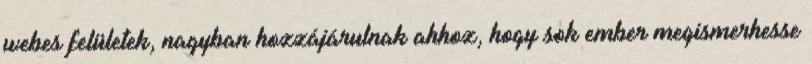
webes felületek, nagyban hozzájárulnak ahhoz, hogy sok ember megismerhesse